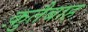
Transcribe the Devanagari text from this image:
क़ुतैबाह